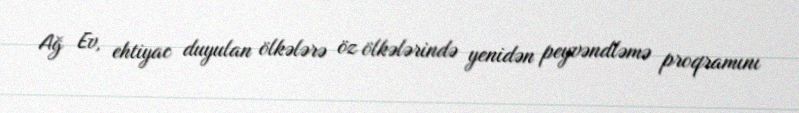
Ağ Ev, ehtiyac duyulan ölkələrə öz ölkələrində yenidən peyvəndləmə proqramını